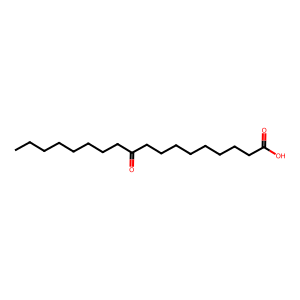
SMILES: CCCCCCCCC(=O)CCCCCCCCC(=O)O
Inhibits HIV replication: No